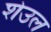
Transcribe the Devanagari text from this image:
शेउल